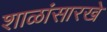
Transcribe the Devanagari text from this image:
शाळांसारखे